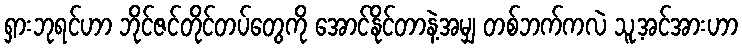
ရှားဘုရင်ဟာ ဘိုင်ဇင်တိုင်တပ်တွေကို အောင်နိုင်တာနဲ့အမျှ တစ်ဘက်ကလဲ သူ့အင်အားဟာ